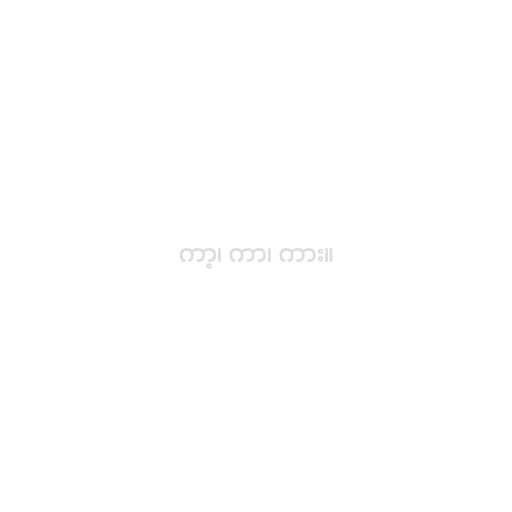
ကာ့၊ ကာ၊ ကား။